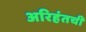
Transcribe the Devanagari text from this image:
अरिहंतची